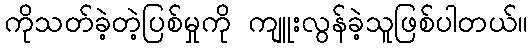
ကိုသတ်ခဲ့တဲ့ပြစ်မှုကို ကျူးလွန်ခဲ့သူဖြစ်ပါတယ်။